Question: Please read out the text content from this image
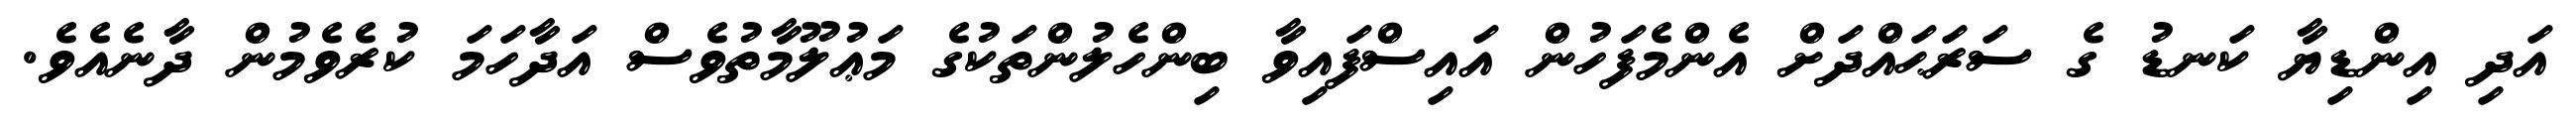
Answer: އަދި އިންޑިޔާ ކަނޑު ގެ ސަރަޙައްދަށް އެންމެފަހުން އައިސްފައިވާ ބިންހެލުންތަކުގެ މަޢުލޫމާތުވެސް އަދާހަމަ ކުރެވެމުން ދާނެއެވެ.